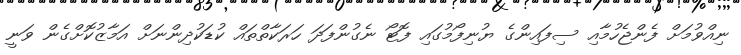
ނިއްވުމަށް ފެންޖެހުމާއި ސިފައިންގެ ޔުނިފޯމުގައި ފޮޓޯ ނެގުންފަދަ ހަރަކާތްތައް ކުޑަކުދިންނަށް އަމާޒުކޮށްގެން ވަނީ